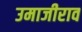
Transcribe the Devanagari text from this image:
उमाजीराव